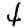
Digit: 4